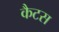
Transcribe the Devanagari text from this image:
कैटस